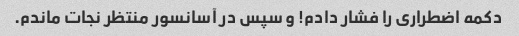
دکمه اضطراری را فشار دادم! و سپس در آسانسور منتظر نجات ماندم.